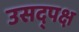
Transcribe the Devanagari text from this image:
उसद्पक्ष